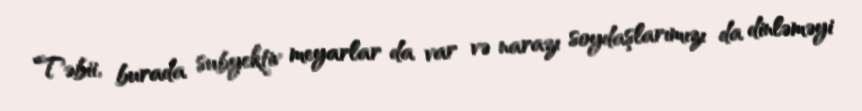
Təbii, burada subyektiv meyarlar da var və narazı soydaşlarımızı da dinləməyi